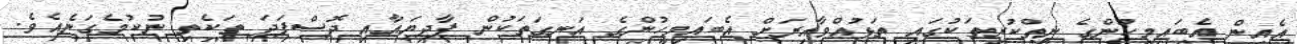
އެއިން އެބައިމީހުންގެ ނިތްކުރިތަކުގައި ތަޅުއްވާއިރަށް އެބައިމީހުންގެ އަނގަތަކުން ފާދިޔައާއި ދޮސްފަދަ ތަކެތި ނުކުމެގަނެއެވެ.